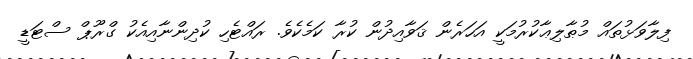
ފިލާވަޅުތައް މުޠާލިޢާކުރުމަކީ އަހަރެން ޤަވާއިދުން ކުރާ ކަމެކެވެ. ރައްޓެހި ކުދިންނާއިއެކު ގްރޫޕް ސްޓަޑީ